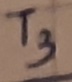
Text: T3